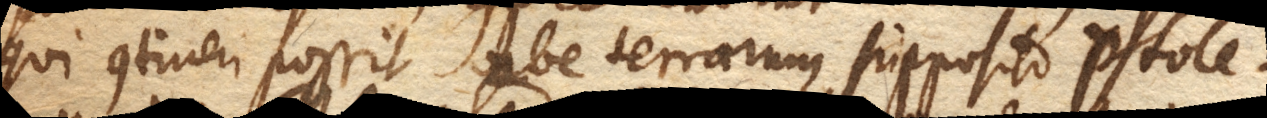
qui contineri possit orbe terrarum, supposito Ptole–